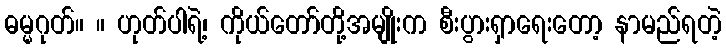
ဓမ္မဂုတ်။ ။ ဟုတ်ပါရဲ့၊ ကိုယ်တော်တို့အမျိုးက စီးပွားရှာရေးတော့ နာမည်ရတဲ့